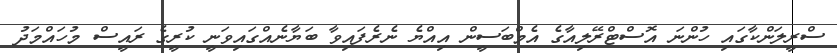
ސްރީލަންކާގައި ހުންނަ އޮސްޓްރޭލިއާގެ އެމްބަސީން އިއްޔެ ނެރެފައިވާ ބަޔާނެއްގައިވަނީ ކުރީގެ ރައީސް މުހައްމަދު